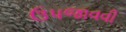
ઉપજાવવી